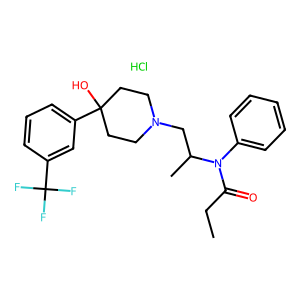
SMILES: CCC(=O)N(c1ccccc1)C(C)CN1CCC(O)(c2cccc(C(F)(F)F)c2)CC1.Cl
Inhibits HIV replication: No